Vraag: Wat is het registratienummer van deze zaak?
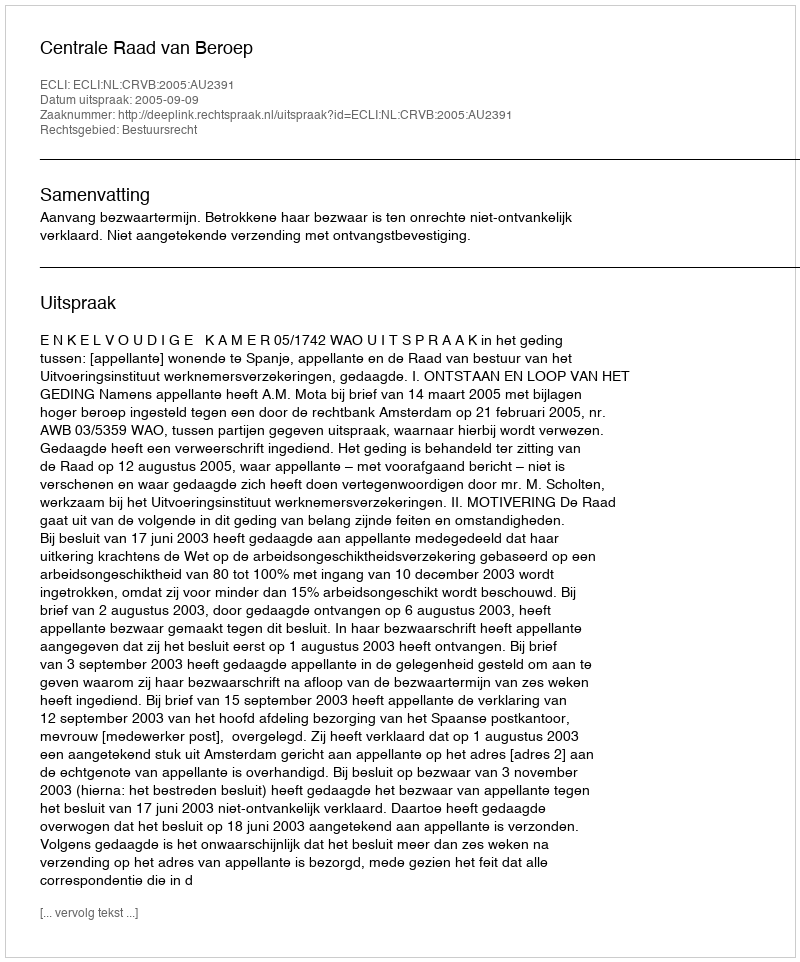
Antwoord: http://deeplink.rechtspraak.nl/uitspraak?id=ECLI:NL:CRVB:2005:AU2391